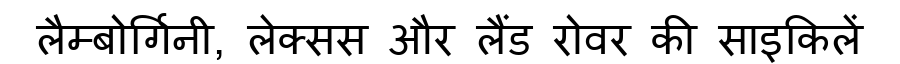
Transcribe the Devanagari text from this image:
लैम्बोर्गिनी, लेक्सस और लैंड रोवर की साइकिलें